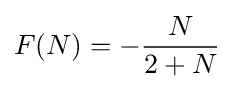
F(N)=-{\frac {N}{2+N}}